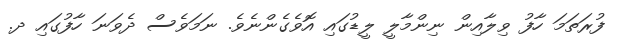
ފުރަތަމަ ހާފު ވިލާއިން ނިންމާލީ ލީޑުގައި އޮވެގެންނެވެ. ނަމަވެސް ދެވަނަ ހާފުގައި ދ.